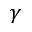
\gamma